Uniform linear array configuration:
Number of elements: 4
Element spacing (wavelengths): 0.75
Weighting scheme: binomial
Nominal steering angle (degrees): -30
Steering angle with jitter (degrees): -30.546
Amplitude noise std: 0.05
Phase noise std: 0.05

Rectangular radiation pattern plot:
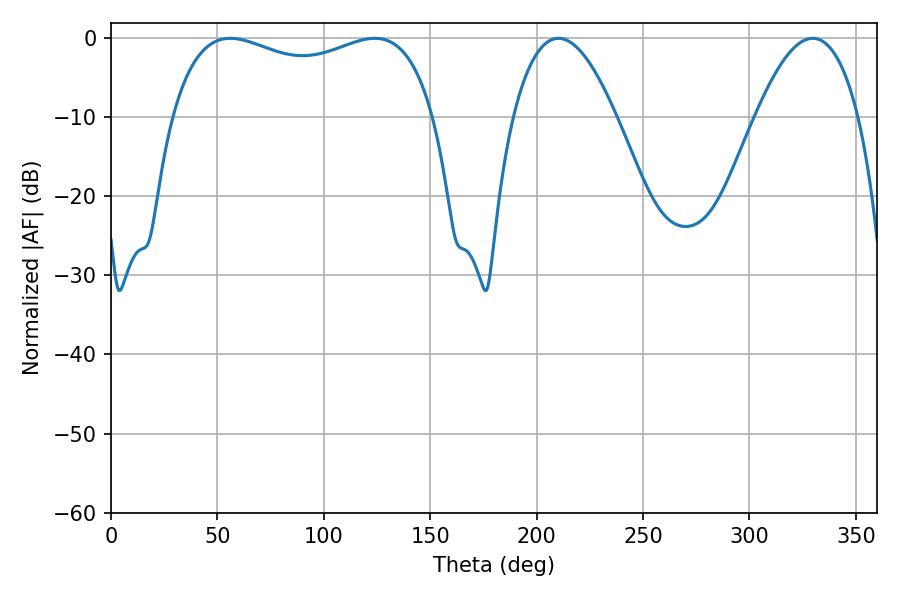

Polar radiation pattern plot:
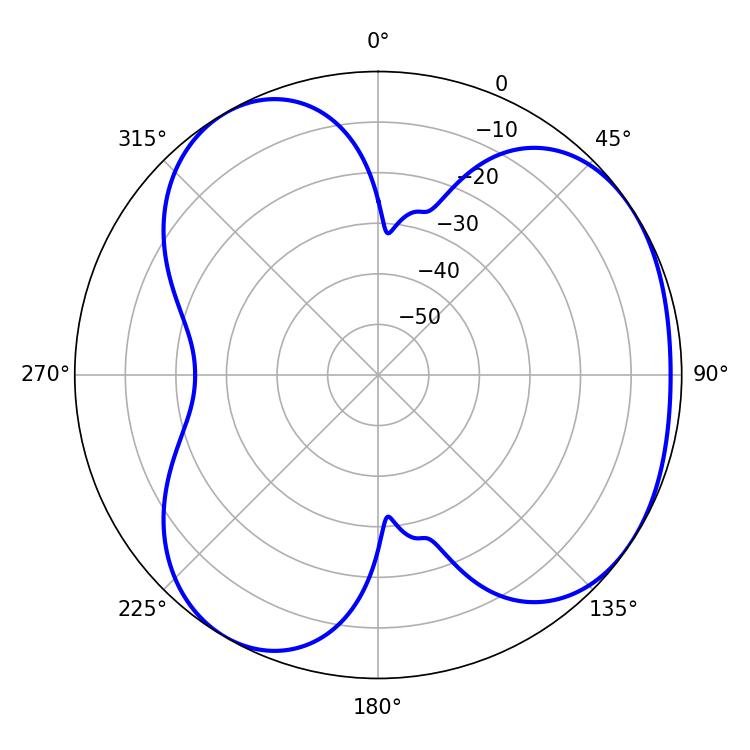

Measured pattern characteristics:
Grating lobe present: TRUE
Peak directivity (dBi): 4.191
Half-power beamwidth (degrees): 26.64
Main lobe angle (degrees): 210.24